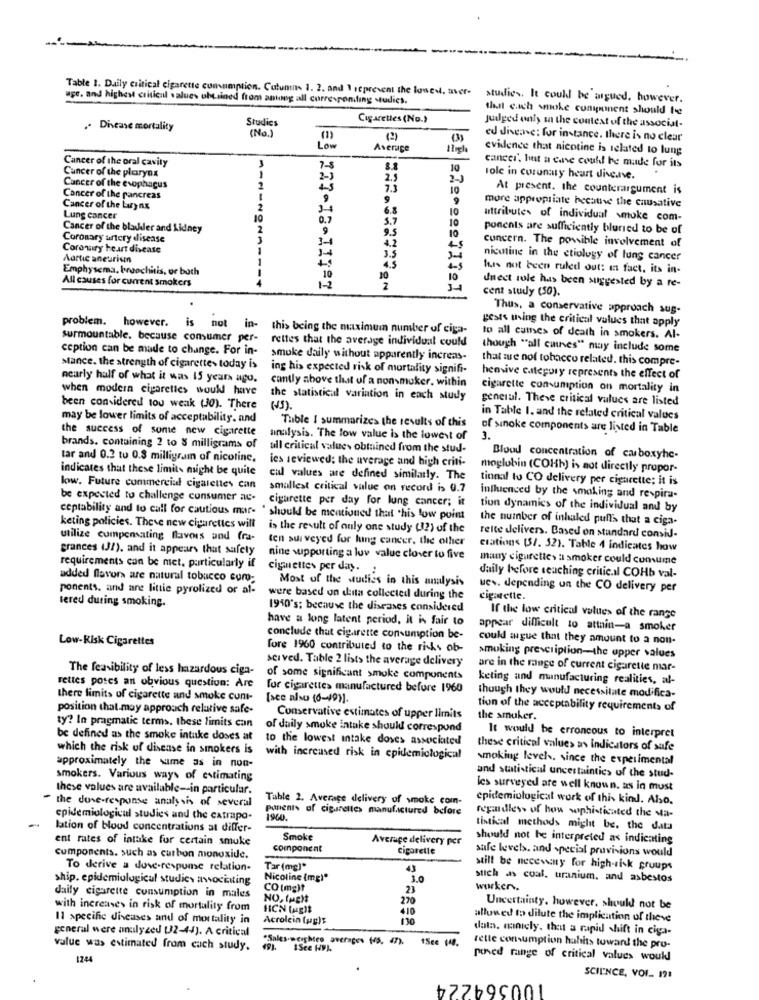
Table 1. Daily critical cigarette cumumption. Cutumn 1. 2. and \ represent the lowest. aver-
uge. and highest critical values obtained from antong all corresponding studies.
studies. It coull be argued. however.
dast each smoke consument should te
Studies
Cigarettes (No.)
. Diease mortality
(No.)
Judged only in the context of the associat-
(3)
ed disease: for instance. there is no clear
Low
Asenice
evidence that nicotine is related to lung
Cancer of the oral cavity
Cancer of the plaryna
10
cancer, but a cave could be made for its
2.5
2-J
role in coronary heart disease.
Cancer of the esophagus
7.3
10
At present. the counterargument is
Cancer of the pancreas
9
9
9
more appropriate becathe the causative
Cancer of the Larynx
3-4
6.8
10
Lung cancer
0.7
5.7
10
attributes of individual smoke com-
Cancer of the blackler and kidney
9
9.5
10
ponents are sufficiently blurred to be of
Coronary artery disease
4.2
Coronary heart disease
45
concern. The possible involvement of
Aortic aneurism
3.5
nicotine in the etiology of lung cancer
Emphysema, broochitis, or both
fuss not been ruled out: in fact, its in-
All causes for current smokers
ASH-NONA --- +
10
1-2
10
2
Jnect sole has been suggested by a re-
cent study (50).
Thus, a conservative approach sus-
problem. however.
is
not
gests using the critical values that apply
in-
this being the maximum number of ciga-
surmountable, because consumer per-
rettes that the average individual could
to all cutses of death in smokers. Al-
ception can be made to change. For in-
though ""all cannes" may include some
smoke daily without apparently increas-
that are not tobacco related. this compre-
stance. the strength of cigarettes today is
ing his expected risk of mortality signifi-
nearly half of what it was 15 years ago.
hensive category represents the effect of
when modern cigarettes would have
cantly above that of a nonsmoker. within
cigarette consumption on mortality in
the statistical variation in each study
general. These critical values are listed
been considered to0 weak (30). There
( 1)
may be lower limits of acceptability. and
Thble I summarizes the results of this
in Table 1. and the related critical values
the success of some new cigarette
of sinoke components are listed in Table
analysis. The low value is the lowest of
3.
brands. containing 2 to & milligrams of
ull critical values obtained from the stud-
tar and 0.2 to 0.3 milligram of nicotine,
ies reviewed; the average and high criti-
Blood concentration of carboxyhe-
indicates that these limits might be quite
moglobin (COHb) is not directly propor-
cul values are defined similarly. The
tinnal to CO delivery per cigarette; it is
low. Future commercial cigarettes can
smallest critical value on record is 0.7
be expected to challenge consumer ac-
cigarette per day for lung cancer; it
influenced by the smoking and respira-
tion dynamics of the individual and by
ceptability and to call for cautious mar- ' should be mentioned that this low point
the number of inhaled puffs that a ciga-
keting policies. These new cigarettes will
is the result of only one study (32) of the
utilize compensating flavors and fra-
ten sui veyed for lung cancer, the other
relte delivers. Based on standard comsid-
grances (J!), and it appears that safety
cration (3/. 52). Table 4 indicates how
nine supporting a lov value clover to five
many cigarettes a smoker could comume
requirements can be met, particularly if
cigarettes per day. :
..
added flavors are natural tobacco cur-
Most of the studies in this analysis
daily before seaching critic.il COHb val-
ponents, and are little pyrolized or af-
ues. depending un the CO delivery per
tered during smoking.
were based on dita collected during the
cigarette.
1940's: because the diseases considered
have a long latent period, it is fair to
If the low critical values of the range
appear difficult to attain-a smoker
Low-Risk Cigarettes
conclude that cigarette consumption be-
could augue that they amount to a non-
fore 1960 contributed to the risks ob-
sci ved. Table 2 lists the average delivery
smoking prescription-the upper values
The feasibility of less hazardous ciga-
are in the range of current cigarette mar-
of some significant smoke components
keting and manufacturing realities, al-
rettes potes an obvious question: Are
for cigarettes manufactured before 1960
there limits of cigarette and smoke cunt-
[see also (6-19)]
though they would necessitate modifica-
position that may approach relative safe-
tion of the acceptability requirements of
ty? In pragmatic terms. these limits can
Conservative estimates of upper limits
The smuker.
of daily smoke intake should correspond
It would be erroncous to interpret
be defined as the smoke intuke doses at
to the lowest intake doses associated
which the risk of disease in smokers is
these critical value> as indicators of safe
with increased risk in epidemiological
smoking levels. since the experimental
approximately the same as in non-
smokers. Various ways of estimating
and statistical uncertainties of the stud-
these values are available -- in particular.
les surveyed are well known. as in must
the dove-response analysis of several
Table 2. Average delivery of smoke com-
epidemiologicat work of this kind. Also.
ponents of cigarettes manufactured before
-
epidemiological studies and the catrapo-
1900 .
regardless of how sophisticated the sta-
lation of blood concentrations at differ-
tistical methods might be. the data
ent rates of intake for certain smuke
Smoke
Average delivery per
should not be interpreted as indicating
component
cigarette
safe levels. and special provisions would
components. such as carbon monoxide.
To derive a duve-respume relation-
Tar (mg)*
43
stilt be necessary for high-risk groups
ship. epidemiological studies awocinting
Nicoline (mg)*
10
stich as coal, uranium, and asbestos
CO (mg)?
23
worker.
daily cigarette consumption in males
NO, fuglt
270
with increases in risk of mortality from
HCN (ught
410
Uncertainty. however, should not be
11 specific diseases and of mortality in
Acrolein (up)$
allowed to dilute the implication of theve
general were analyzed [2-44). A critical
data, manicly. that a rapid shift in ciga-
"Sales-weighted averages (vs. 47). tSee
15cc (48.
value was estimated from cach study.
49
ISce HVI.
rette consumption habits toward the pro-
1244
pened range of critical values would
100564224
SCIENCE, VOI .. 191